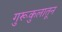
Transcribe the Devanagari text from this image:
गुरूकुलातून